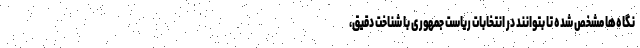
نگاه‌ها مشخص شده تا بتوانند در انتخابات ریاست جمهوری با شناخت دقیق،